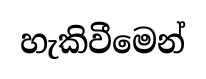
හැකිවීමෙන්